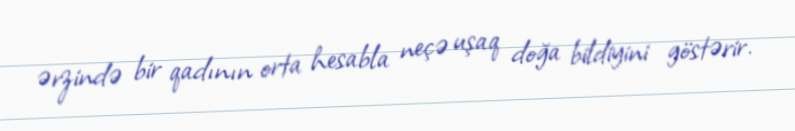
ərzində bir qadının orta hesabla neçə uşaq doğa bildiyini göstərir.